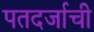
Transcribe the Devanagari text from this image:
पतदर्जाची